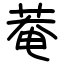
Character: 菴